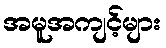
အမူအကျင့်များ